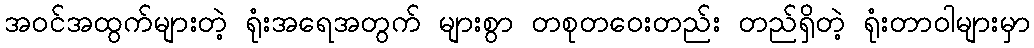
အဝင်အထွက်များတဲ့ ရုံးအရေအတွက် များစွာ တစုတဝေးတည်း တည်ရှိတဲ့ ရုံးတာဝါများမှာ